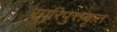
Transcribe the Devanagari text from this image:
सारिपुत्तकृत